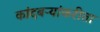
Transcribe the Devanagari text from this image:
कांदबऱ्यांकरीता